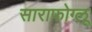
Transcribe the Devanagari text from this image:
साराफोग्लू